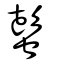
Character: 蟚